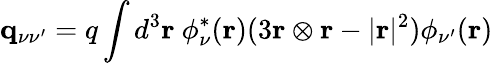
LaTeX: {\mathbf q}_{\nu\nu^{\prime}}=q\int d^{3}{\mathbf r}~\phi_{\nu}^{*}({\mathbf r})(3{\mathbf r}\otimes{\mathbf r}-|{\mathbf r}|^{2})\phi_{\nu^{\prime}}({\mathbf r})